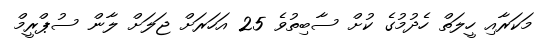
މަކަރާއި ހީލަތް ހެދުމުގެ ކުށް ސާބިތުވެ 25 އަހަރަށް ޖަލަށް ލާން ސުޕްރީމް